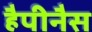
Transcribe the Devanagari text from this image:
हैपीनैस